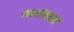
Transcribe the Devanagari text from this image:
कड्यांसारखे